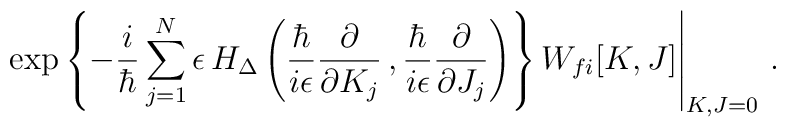
\left . \exp \left \{ - \frac{i}{\hbar} \sum_{j=1}^{N} \epsilon \, H_\Delta\left ( \frac{ \hbar }{ i \epsilon} \frac{ \partial}{ \partial K_j} \, ,\frac{ \hbar}{ i \epsilon} \frac{ \partial}{  \partial J_j} \right ) \right \}W_{fi} [ K , J ] \right |_{K,J = 0} \, .